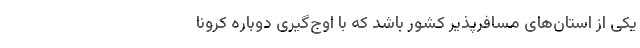
یکی از استان‌های مسافرپذیر کشور باشد که با اوج‌گیری دوباره کرونا